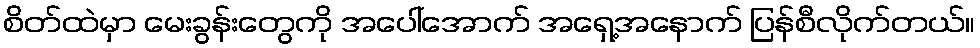
စိတ်ထဲမှာ မေးခွန်းတွေကို အပေါ်အောက် အရှေ့အနောက် ပြန်စီလိုက်တယ်။